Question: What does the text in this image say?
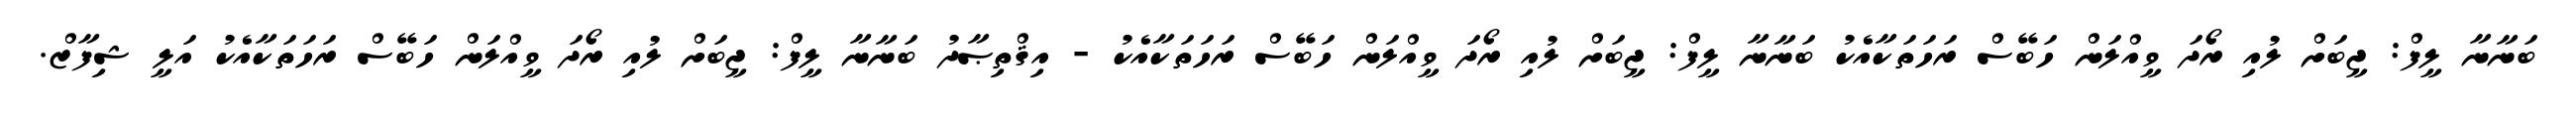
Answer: ބަނާނާ ލީފް: ޖީބަށް ލުއި ރޯދަ ވީއްލަން ހަބޭސް ރަހަތަކާއެކު ބަނާނާ ލީފް: ޖީބަށް ލުއި ރޯދަ ވީއްލަން ހަބޭސް ރަހަތަކާއެކު - އިޤްތިޞާދު ބަނާނާ ލީފް: ޖީބަށް ލުއި ރޯދަ ވީއްލަން ހަބޭސް ރަހަތަކާއެކު އަލީ ޝިފާޒް.